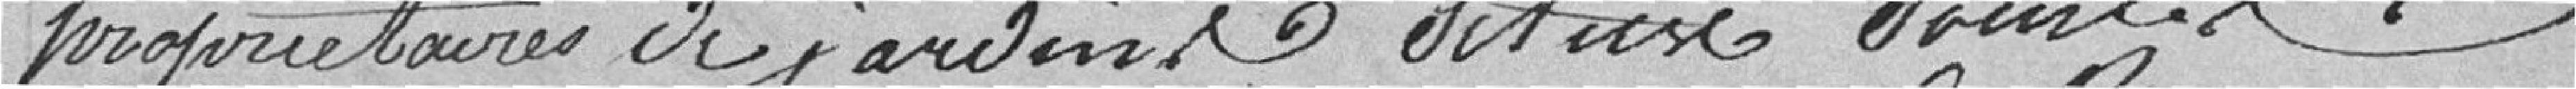
propriétaire de jardins situés